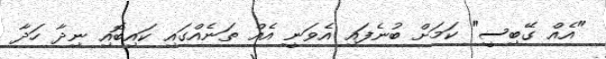
"އެއް ގޭބިސީ" ކަމަށް ބުނެފައި އެވަނީ އެއް ތަނެއްގައި ކައިބޮއި ނިދާ ހަދާ